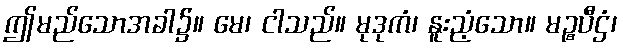
ဤမည်သောအခါ၌။ မေ၊ ငါသည်။ မုဒုကံ၊ နူးညံ့သော။ မဉ္စပီဌံ၊